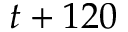
t + 1 2 0